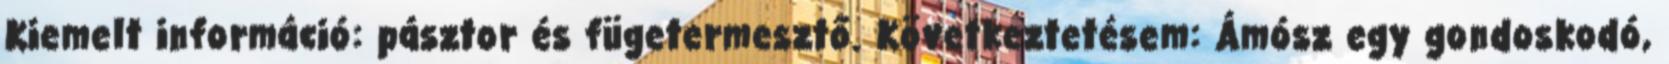
Kiemelt információ: pásztor és fügetermesztő. Következtetésem: Ámósz egy gondoskodó,